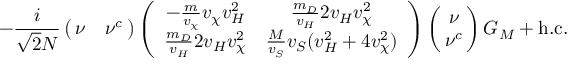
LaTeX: - \frac { i } { \sqrt { 2 } N } \left( \! \! \begin{array} { c c } { { \nu } } & { { \nu ^ { c } } } \end{array} \! \! \right) \left( \begin{array} { c c } { { - \frac m { v _ { \chi } } v _ { \chi } v _ { H } ^ { 2 } } } & { { \frac { m _ { D } } { v _ { H } } 2 v _ { H } v _ { \chi } ^ { 2 } } } \\ { { \frac { m _ { D } } { v _ { H } } 2 v _ { H } v _ { \chi } ^ { 2 } } } & { { \frac M { v _ { S } } v _ { S } ( v _ { H } ^ { 2 } + 4 v _ { \chi } ^ { 2 } ) } } \end{array} \right) \left( \! \! \begin{array} { c } { { \nu } } \\ { { \nu ^ { c } } } \end{array} \! \! \right) G _ { M } + \mathrm { h . c . }